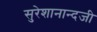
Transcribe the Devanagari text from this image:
सुरेशानान्दजी